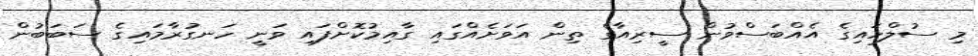
މި ސުލްހައިގެ އެއްބަސްވުން ސީރިއާގެ ތިން އަވަށެއްގައި ގާއިމުކޮށްފައި ވަނީ ހަނގުރާމައިގެ ސަބަބުން